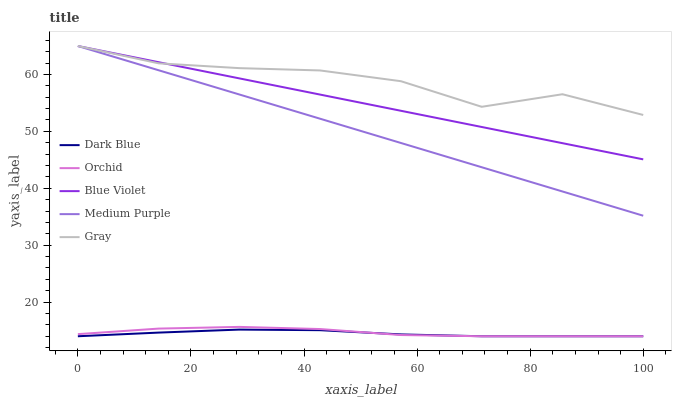
| xaxis_label | Dark Blue | Orchid | Blue Violet | Medium Purple | Gray |
 | --- | --- | --- | --- | --- | --- |
 | 0 | 14 | 14.4 | 65 | 65 | 65 |
 | 14.3 | 14.6 | 15.3 | 62.2 | 60.7 | 62 |
 | 28.6 | 15.2 | 15.6 | 59.3 | 56.5 | 61.1 |
 | 42.9 | 15.1 | 15.3 | 56.5 | 52.2 | 60.7 |
 | 57.1 | 14.3 | 14.2 | 53.6 | 48 | 58.8 |
 | 71.4 | 14 | 14 | 50.8 | 43.7 | 54.3 |
 | 85.7 | 14 | 14 | 47.9 | 39.4 | 56.5 |
 | 100 | 14 | 14 | 45.1 | 35.2 | 52.9 |